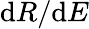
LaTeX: \mathrm{d}R/\mathrm{d}E